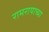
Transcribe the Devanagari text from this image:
रामरायाच्या